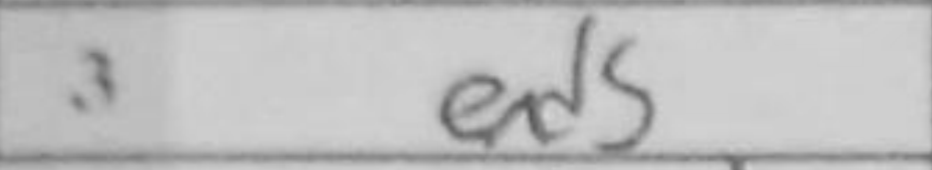
Transcription: exd5